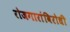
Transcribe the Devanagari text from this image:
रोजगारांविरोधी